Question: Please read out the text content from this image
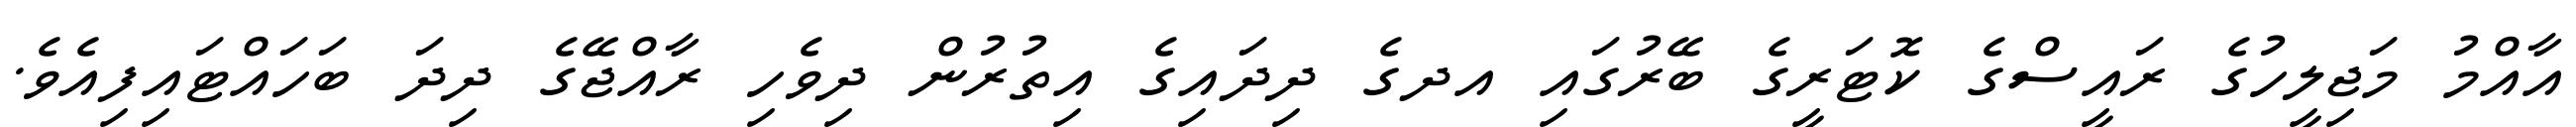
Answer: އާއްމު މަޖިލީހުގެ ރައީސްގެ ކޮޓަރީގެ ބޭރުގައި އދގެ ދިދައިގެ އިތުރުން ދިވެހި ރާއްޖޭގެ ދިދަ ބަހައްޓައިފިއެވެ.